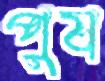
পুষ